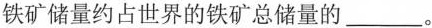
铁矿储量约占世界的铁矿总储量的___。